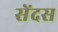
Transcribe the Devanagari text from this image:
सेंदस